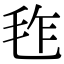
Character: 𣬿